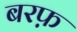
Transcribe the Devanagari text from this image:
बरफ़